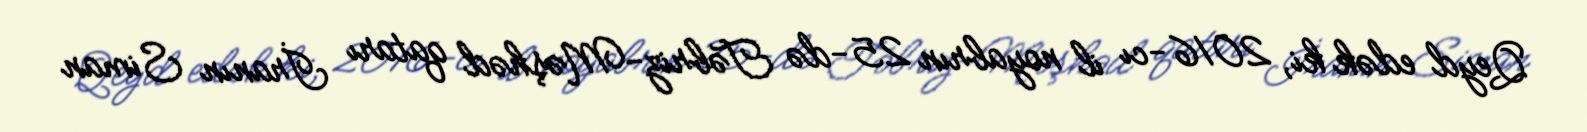
Qeyd edək ki, 2016-cı il noyabrın 25-də Təbriz-Məşhəd qatarı İranın Siman